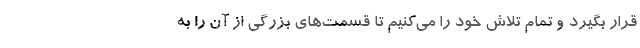
قرار بگیرد و تمام تلاش خود را می‌کنیم تا قسمت‌های بزرگی از آن را به